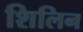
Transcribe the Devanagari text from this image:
शिलिन